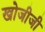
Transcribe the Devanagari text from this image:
खोजीजी